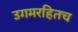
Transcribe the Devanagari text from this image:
उगमरहितच